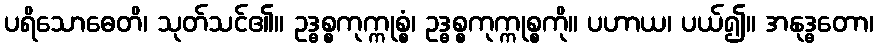
ပရိသောဓေတိ၊ သုတ်သင်၏။ ဥဒ္ဓစ္စကုက္ကုစ္စံ၊ ဥဒ္ဓစ္စကုက္ကုစ္စကို။ ပဟာယ၊ ပယ်၍။ အနုဒ္ဓတော၊